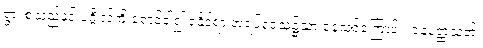
ရွာ၊ စသည်နှင် ပဂ္ဂိုလ်ကို ရှောင်ခါ၍ ရနိုင်ရာ အရပ်ဒေသ၌သာ နေသင့်ကြောင်း၊ ဝနပတ္ထသုတ်၊